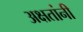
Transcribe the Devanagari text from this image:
अक्षतांनी